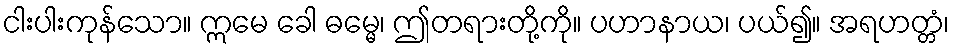
ငါးပါးကုန်သော။ ဣမေ ခေါ ဓမ္မေ၊ ဤတရားတို့ကို။ ပဟာနာယ၊ ပယ်၍။ အရဟတ္တံ၊